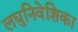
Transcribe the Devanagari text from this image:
लघुनिवेशिका